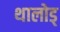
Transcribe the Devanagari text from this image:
थालोड्